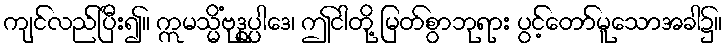
ကျင်လည်ပြီး၍။ ဣမသ္မိံဗုဒ္ဓုပ္ပါဒေ၊ ဤငါတို့ မြတ်စွာဘုရား ပွင့်တော်မူသောအခါ၌။